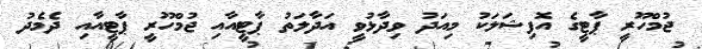
ޖުމްހޫރީ ޕާޓީގެ އޮފިޝަލަކު މިއަދު ވިދާޅުވީ އަދާލަތު ޕާޓީއާއި ޖުމްހޫރީ ޕާޓީއާއި ދެމެދު